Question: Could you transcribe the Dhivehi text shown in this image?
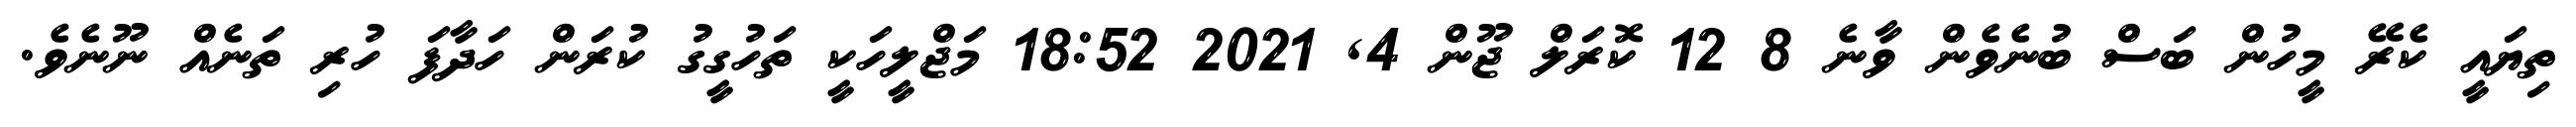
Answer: ތިޔައީ ކެރޭ މީހުން ބަސް ބުނެވެން ވާނެ 8 12 ކޮރަލް ޖޫން 4, 2021 18:52 މަޖްލީހަކީ ތަހުގީގު ކުރަން ހަދާފަ ހުރި ތަނެއް ނޫނެވެ.